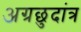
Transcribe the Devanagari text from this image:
अग्रछुदांत्र